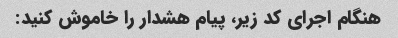
هنگام اجرای کد زیر، پیام هشدار را خاموش کنید: